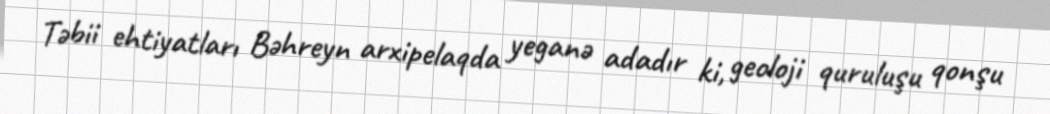
Təbii ehtiyatları Bəhreyn arxipelaqda yeganə adadır ki, geoloji quruluşu qonşu